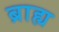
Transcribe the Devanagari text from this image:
ब्राह्य